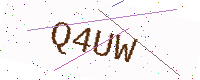
Text: Q4UW